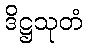
ဒိဋ္ဌသုတံ